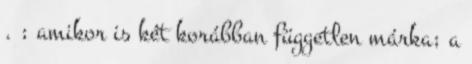
. ; amikor is két korábban független márka; a